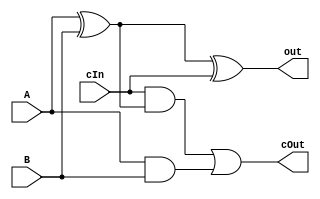
//1 bit adder
//Ian Hoover and Derek Redfern
//Olin College - CompArch

`define AND and #20
`define OR or #20
`define NOT not #10
`define XOR xor #20

module add_1bit(out,cOut,A,B,cIn);
  input A,B,cIn;
  output out,cOut;
  wire AxorB,AandB,andCarry;
  
  `XOR AxorBgate(AxorB,A,B);
  `XOR xorCarrygate(out,AxorB,cIn);
  `AND AandBgate(AandB,A,B);
  `AND andCarrygate(andCarry,cIn,AxorB);
  `OR cOutgate(cOut,andCarry,AandB);
endmodule

module TESTadd_1bit;
  reg A,B,cIn;
  wire out,cOut;
  
  //test 1 bit adder
  initial  // Stimulus 
  begin
    A=1;B=1;cIn=0;
    #150 A=0; 
    #150 cIn=1;
    #150 A=1; 
  end
  add_1bit UUT (out,cOut,A,B,cIn); 
  initial  // Response 
    $monitor($time,out,cOut,A,B,cIn);
endmodule